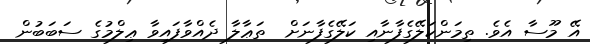
އޭ މޫސާ އެވެ. ތިމަންކަލޭގެފާނާއި ކަލޭގެފާނަށް  ތަޢާލާ ދެއްވާފައިވާ ޢިލްމުގެ ސަބަބުން